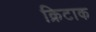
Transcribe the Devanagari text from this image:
क्रिटाक